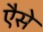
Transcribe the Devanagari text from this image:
एैसे